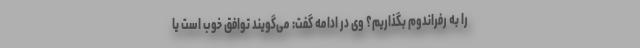
را به رفراندوم بگذاریم؟ وی در ادامه گفت: می‌گویند توافق خوب است یا